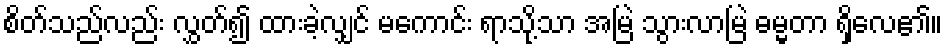
စိတ်သည်လည်း လွှတ်၍ ထားခဲ့လျှင် မကောင်း ရာသို့သာ အမြဲ သွားလာမြဲ ဓမ္မတာ ရှိလေ၏။